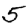
Digit: 5